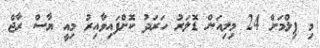
މި ފިލްމަށް 24 މިލިއަން ޑޮލަރު ހަރަދު ކޮށްފައިވާއިރު މިއީ ޔާސް ރާޖް